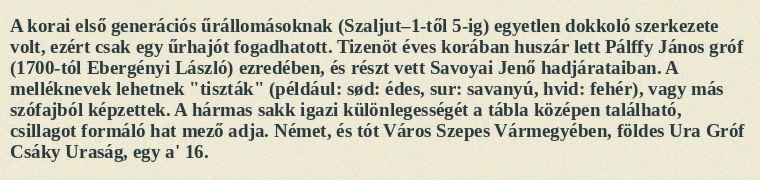
A korai első generációs űrállomásoknak (Szaljut–1-től 5-ig) egyetlen dokkoló szerkezete volt, ezért csak egy űrhajót fogadhatott. Tizenöt éves korában huszár lett Pálffy János gróf (1700-tól Ebergényi László) ezredében, és részt vett Savoyai Jenő hadjárataiban. A melléknevek lehetnek "tiszták" (például: sød: édes, sur: savanyú, hvid: fehér), vagy más szófajból képzettek. A hármas sakk igazi különlegességét a tábla középen található, csillagot formáló hat mező adja. Német, és tót Város Szepes Vármegyében, földes Ura Gróf Csáky Uraság, egy a' 16.